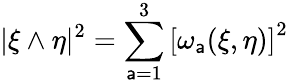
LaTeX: |\xi\wedge\eta|^{2}=\sum_{\mathsf{a}=1}^{3}\left[\omega_{\mathsf{a}}(\xi,\eta)\right]^{2}